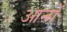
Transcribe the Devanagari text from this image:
आनों